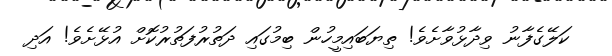
ކަލޭގެފާނު ވިދާޅުވާށެވެ! ތިޔަބައިމީހުން ބިމުގައި ދަތުރުފަތުރުކޮށް އުޅޭށެވެ! އަދި